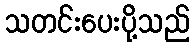
သတင်းပေးပို့သည်